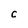
Character: C